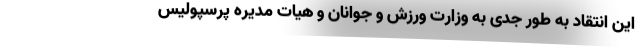
این انتقاد به طور جدی به وزارت ورزش و جوانان و هیات مدیره پرسپولیس